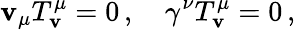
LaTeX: \mathbf{v}_{\mu}T_{\mathbf{v}}^{\mu}=0\, ,\quad\gamma^{\nu}T_{\mathbf{v}}^{\mu}=0\, ,